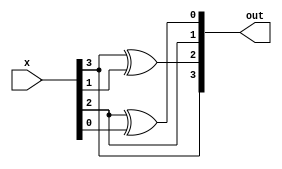
`timescale 1ns / 1ps
//////////////////////////////////////////////////////////////////////////////////
// Company: 
// Engineer: 
// 
// Design Name: 
// Module Name: AES_SBox_19_1_13_16_31
// Project Name: 
// Target Devices: 
// Tool Versions: 
// Description: 
// 
// Dependencies: 
// 
// Revision:
// Revision 0.01 - File Created
// Additional Comments:
// 
//////////////////////////////////////////////////////////////////////////////////

/*
Copyright (c) 2019, Indian Institute of Technology Madras (IIT Madras)
All rights reserved.

Redistribution and use in source and binary forms, with or without modification, 
are permitted provided that the following conditions are met:

Redistributions of source code must retain the above copyright notice,
this list of conditions and the following disclaimer.

Redistributions in binary form must reproduce the above copyright notice,
this list of conditions and the following disclaimer in the documentation 
and/or other materials provided with the distribution.

Neither the name of IIT Madras nor the names of its contributors may be 
used to endorse or promote products derived from this software without 
specific prior written permission.

THIS SOFTWARE IS PROVIDED BY THE COPYRIGHT HOLDERS AND CONTRIBUTORS "AS IS" 
AND ANY EXPRESS OR IMPLIED WARRANTIES, INCLUDING, BUT NOT LIMITED TO, THE 
IMPLIED WARRANTIES OF MERCHANTABILITY AND FITNESS FOR A PARTICULAR PURPOSE 
ARE DISCLAIMED. IN NO EVENT SHALL THE COPYRIGHT HOLDER OR CONTRIBUTORS BE 
LIABLE FOR ANY DIRECT, INDIRECT, INCIDENTAL, SPECIAL, EXEMPLARY, OR 
CONSEQUENTIAL DAMAGES (INCLUDING, BUT NOT LIMITED TO, PROCUREMENT OF 
SUBSTITUTE GOODS OR SERVICES; LOSS OF USE, DATA, OR PROFITS; OR BUSINESS 
INTERRUPTION) HOWEVER CAUSED AND ON ANY THEORY OF LIABILITY, WHETHER IN 
CONTRACT, STRICT LIABILITY, OR TORT (INCLUDING NEGLIGENCE OR OTHERWISE) 
ARISING IN ANY WAY OUT OF THE USE OF THIS SOFTWARE, EVEN IF ADVISED OF 
THE POSSIBILITY OF SUCH DAMAGE.

--------------------------------------------------------------------------------------------------------------
*/
module GF2_4sqr(input [3:0]x , output [3:0]out);

assign out[3]=x[3];
assign out[2]=x[3]^x[1];
assign out[1]=x[2];
assign out[0]=x[2]^x[0];
endmodule
//------------------------------------------------------------------------------------------------------------

module GF2_4sqr_v(input[3:0]x , output [3:0] out);

wire [6:0]c;
assign c[0]=((x[2]^x[0])&1'b1);
assign c[1]=((x[2]^x[0])&1'b0^(x[2])&1'b1);
assign c[2]=((x[2]^x[0])&1'b1^(x[2])&1'b0^(x[3]^x[1])&1'b1);
assign c[3]=((x[2]^x[0])&1'b1^(x[2])&1'b1^(x[3]^x[1])&1'b0^(x[3])&1'b1);
assign c[4]=((x[3])&1'b0^(x[3]^x[1])&1'b1^(x[2])&1'b1);
assign c[5]=((x[3])&1'b1^(x[3]^x[1])&1'b1);
assign c[6]=((x[3])&1'b1);
assign out[3]= (c[6]^c[3]) ;
assign out[2]= ( c[6] ^ c[5] ^  c[2] );
assign out[1]= (c[5] ^ c[4] ^c[1] );
assign out[0]= ( (c[4]) ^c[0]);
endmodule
//-----------------------------------------------------------------------------------------------

module GF2_4mult_t(input[3:0]x , input[3:0]y,output [3:0] out);

wire [6:0]c;
wire [6:0]d;
wire [6:0]out1;
assign c[0]=(x[0]&y[0]);
assign c[1]=(x[0]&y[1] ^ x[1]&y[0]);
assign c[2]=(x[0]&y[2] ^ x[1]&y[1] ^ x[2]&y[0]);
assign c[3]=(x[0]&y[3] ^ x[1]&y[2] ^ x[2]&y[1]  ^ x[3]&y[0]);
assign c[4]=(x[3]&y[1] ^ x[2]&y[2] ^ x[1]&y[3]);
assign c[5]=(x[3]&y[2] ^ x[2]&y[3]);
assign c[6]=(x[3]&y[3]);
assign out1[3]= (c[6]^c[3]) ;
assign out1[2]= (c[6] ^ c[5] ^  c[2] );
assign out1[1]= (c[5] ^ c[4] ^c[1] );
assign out1[0]= ((c[4]) ^c[0]);
assign d[0]=(out1[0]&1'b1);
assign d[1]=(out1[0]&1'b0^out1[1]&1'b1);
assign d[2]=(out1[0]&1'b0^out1[1]&1'b0^ out1[2]&1'b1);
assign d[3]=(out1[0]&1'b0^out1[1]&1'b0^ out1[2]&1'b0^out1[3]&1'b1);
assign d[4]=(out1[3]&1'b0^out1[2]&1'b0^ out1[1]&1'b0);
assign d[5]=(out1[3]&1'b0^out1[2]&1'b0);
assign d[6]=(out1[3]&1'b0);
assign out[3]= (d[6]^d[3]) ;
assign out[2]= (d[6] ^ d[5] ^ d[2] );
assign out[1]= (d[5] ^ d[4] ^d[1] );
assign out[0]= ((d[4]) ^d[0]);
endmodule
//------------------------------------------------------------------------------------------------------------

module GF2_4mult( input [3:0]x,input [3:0]y, output [3:0]out);

wire [6:0]c;
assign c[0]=(x[0]&y[0]);
assign c[1]=(x[0]&y[1] ^ x[1]&y[0]);
assign c[2]=(x[0]&y[2] ^ x[1]&y[1] ^ x[2]&y[0]);
assign c[3]=(x[0]&y[3] ^ x[1]&y[2] ^ x[2]&y[1]  ^ x[3]&y[0]);
assign c[4]=(x[3]&y[1] ^ x[2]&y[2] ^ x[1]&y[3]);
assign c[5]=(x[3]&y[2] ^ x[2]&y[3]);
assign c[6]=(x[3]&y[3]);
assign out[3]= (c[6]^c[3]) ;
assign out[2]= ( c[6] ^ c[5] ^  c[2] );
assign out[1]= (c[5] ^ c[4] ^c[1] );
assign out[0]= ( (c[4]) ^c[0]);
endmodule
//-----------------------------------------------------------------------------------------------

module invGF2_4(input [3:0]in ,output [3:0]out);

assign out[0]=((~in[0])&(~in[1])&(~in[2])&in[3])|((~in[0])&(~in[3])&in[1])|((~in[0])&in[1]&in[2])|((~in[1])&(~in[3])&in[0])|((~in[1])&(~in[3])&in[2])|((~in[2])&in[0]&in[1]&in[3]);
assign out[1]=((~in[0])&(~in[1])&in[3])|((~in[0])&in[1]&in[2])|((~in[1])&(~in[2])&in[3])|((~in[3])&in[0]&in[1])|((~in[3])&in[0]&in[2])|((~in[3])&in[1]&in[2]);
assign out[2]=((~in[0])&(~in[2])&in[3])|((~in[0])&(~in[3])&in[2])|((~in[1])&in[0]&in[2]&in[3])|((~in[2])&in[0]&in[1])|((~in[3])&in[0]&in[1]);
assign out[3]=((~in[0])&(~in[1])&in[2])|((~in[0])&(~in[2])&in[3])|((~in[1])&(~in[3])&in[2])|((~in[2])&(~in[3])&in[1])|(in[0]&in[1]&in[2]&in[3]);
endmodule

//-----------------------------------------------------------------------------------------------

module icobaff(input [7:0]in,output [7:0]out
);
assign out[0]=1^ in[0]^ in[5]^ in[6]^ in[7];
assign out[1]=1^ in[0]^ in[2]^ in[7];
assign out[2]=0^ in[0]^ in[1]^ in[3]^ in[4];
assign out[3]=0^ in[0];
assign out[4]=0^ in[0]^ in[1]^ in[2]^ in[4]^ in[6]^ in[7];
assign out[5]=1^ in[1]^ in[2]^ in[7];
assign out[6]=1^ in[4]^ in[7];
assign out[7]=0^ in[1]^ in[2]^ in[3]^ in[7];
endmodule

//-----------------------------------------------------------------------------------------------------------------
module cob(input [7:0]in,output [7:0]out
);
assign out[0] =in[1]^ in[0]^ in[3]^ in[2]^ in[7];
assign out[1] =in[1]^ in[4]^ in[6];
assign out[2] =in[3]^ in[2]^ in[7]^ in[6];
assign out[3] =in[1]^ in[2]^ in[7]^ in[6];
assign out[4] =in[3]^ in[2]^ in[4]^ in[7]^ in[6];
assign out[5] =in[3]^ in[2]^ in[5]^ in[7];
assign out[6] =in[1]^ in[5]^ in[4]^ in[6];
assign out[7] =in[5]^ in[7];
endmodule

//-----------------------------------------------------------------------------------------------------------------
module invGF2_4_2( input [7:0]a,output [7:0]c);

wire [3:0]ah;
wire [3:0]al;//ah and al are top and bottom slices of a
wire [3:0]t;
assign t =4'b1;
wire [3:0]b; // b is output inv in GF(2^4)
wire [3:0]d0;
wire [3:0]d1;
wire [3:0]out1;
wire [3:0]out3;
wire [3:0]out4;
wire [3:0]out6;
assign al[0]=a[0];
assign al[1]=a[1];
assign al[2]=a[2];
assign al[3]=a[3];
assign ah[0]=a[4];
assign ah[1]=a[5];
assign ah[2]=a[6];
assign ah[3]=a[7];
 GF2_4sqr_v sqr1(
 .x(ah),
 .out(out1)
);
GF2_4mult_t mult2(
 .x(ah),
 .y(al),
 .out(out3)
);
GF2_4sqr sqr2(
 .x(al),
 .out(out4)
);
invGF2_4 inv240(
 .in((out1^out3^out4)  ),
 .out(b)
 );
GF2_4mult mult4(
 .x(ah),
 .y(b),
 .out(d1)
);
GF2_4mult mult5(
 .x(ah),
 .y(t),
 .out(out6)
);
GF2_4mult mult6(
 .x(out6^al),
 .y(b),
 .out(d0)
);
assign c[0]=d0[0];
assign c[1]=d0[1];
assign c[2]=d0[2];
assign c[3]=d0[3];
assign c[4]=d1[0];
assign c[5]=d1[1];
assign c[6]=d1[2];
assign c[7]=d1[3];
endmodule
//-----------------------------------------------------------------------------------------------------------------
module SBOX(input [7:0]in, output [7:0]out
);
wire [7:0]temp1;
wire [7:0]temp2;
cob cob1(
.in(in),
.out(temp1)
);
invGF2_4_2 invGF2420(
.a(temp1),
.c(temp2)
);
icobaff icobaff1(
.in(temp2),
.out(out)
);
endmodule
//--------------------------------------------------------------------------------------------------------------------
//*------------------------------------------------------  TESTBENCH  -------------------------------------
/*
module testsbox();
reg [7:0]in;
wire [7:0]out;
reg clock;
integer i;
initial begin
clock = 0;
forever begin
#2 clock= ~clock;
end
end
SBOX SBOXtb(
.in(in),
.out(out)
);
initial
begin
for (i = 0; i < 256; i = i + 1) begin
#2
in=i;
$strobe(in,,out);
end
end
endmodule
*/